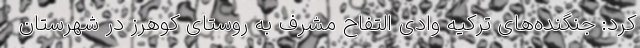
کرد: جنگنده‌های ترکیه وادی التفاح مشرف به روستای کوهرز در شهرستان